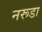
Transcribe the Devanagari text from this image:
नरूडा